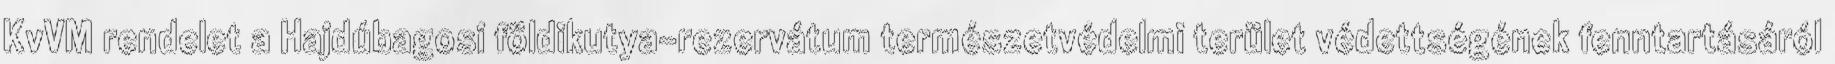
KvVM rendelet a Hajdúbagosi földikutya-rezervátum természetvédelmi terület védettségének fenntartásáról